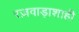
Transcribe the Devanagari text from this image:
रज़वाड़ाशाही